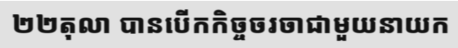
២២តុលា បានបើកកិច្ចចរចាជាមួយនាយក